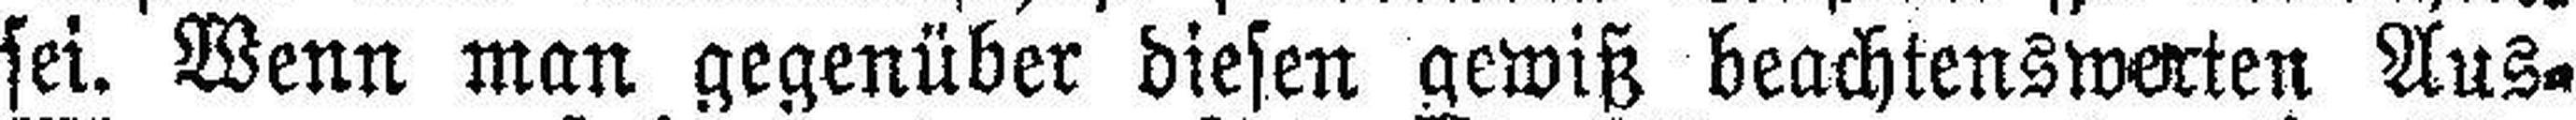
sei. Wenn man gegenüber diesen gewiß beachtenswerten Aus¬